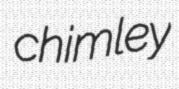
chimley